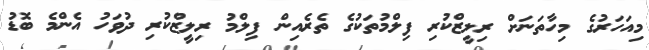
މިއަހަރުގެ މިހާތަނަށް ރިލީޒްކުރި ފިލްމުތަކުގެ ތެރެއިން ފިލްމު ރިލީޒްކުރި ދުވަހު އެންމެ ބޮޑު